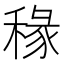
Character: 𫀿